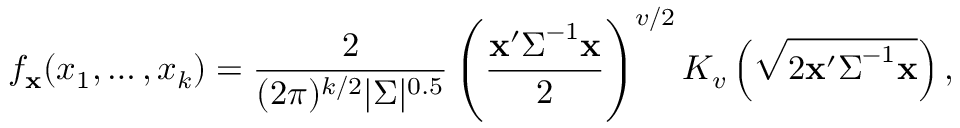
f _ { \mathbf { x } } ( x _ { 1 } , \ldots , x _ { k } ) = { \frac { 2 } { ( 2 \pi ) ^ { k / 2 } | { \boldsymbol { \Sigma } } | ^ { 0 . 5 } } } \left( { \frac { \mathbf { x } ^ { \prime } { \boldsymbol { \Sigma } } ^ { - 1 } \mathbf { x } } { 2 } } \right) ^ { v / 2 } K _ { v } \left( { \sqrt { 2 \mathbf { x } ^ { \prime } { \boldsymbol { \Sigma } } ^ { - 1 } \mathbf { x } } } \right) ,